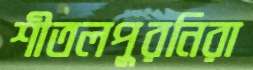
শীতলপুরনিরা